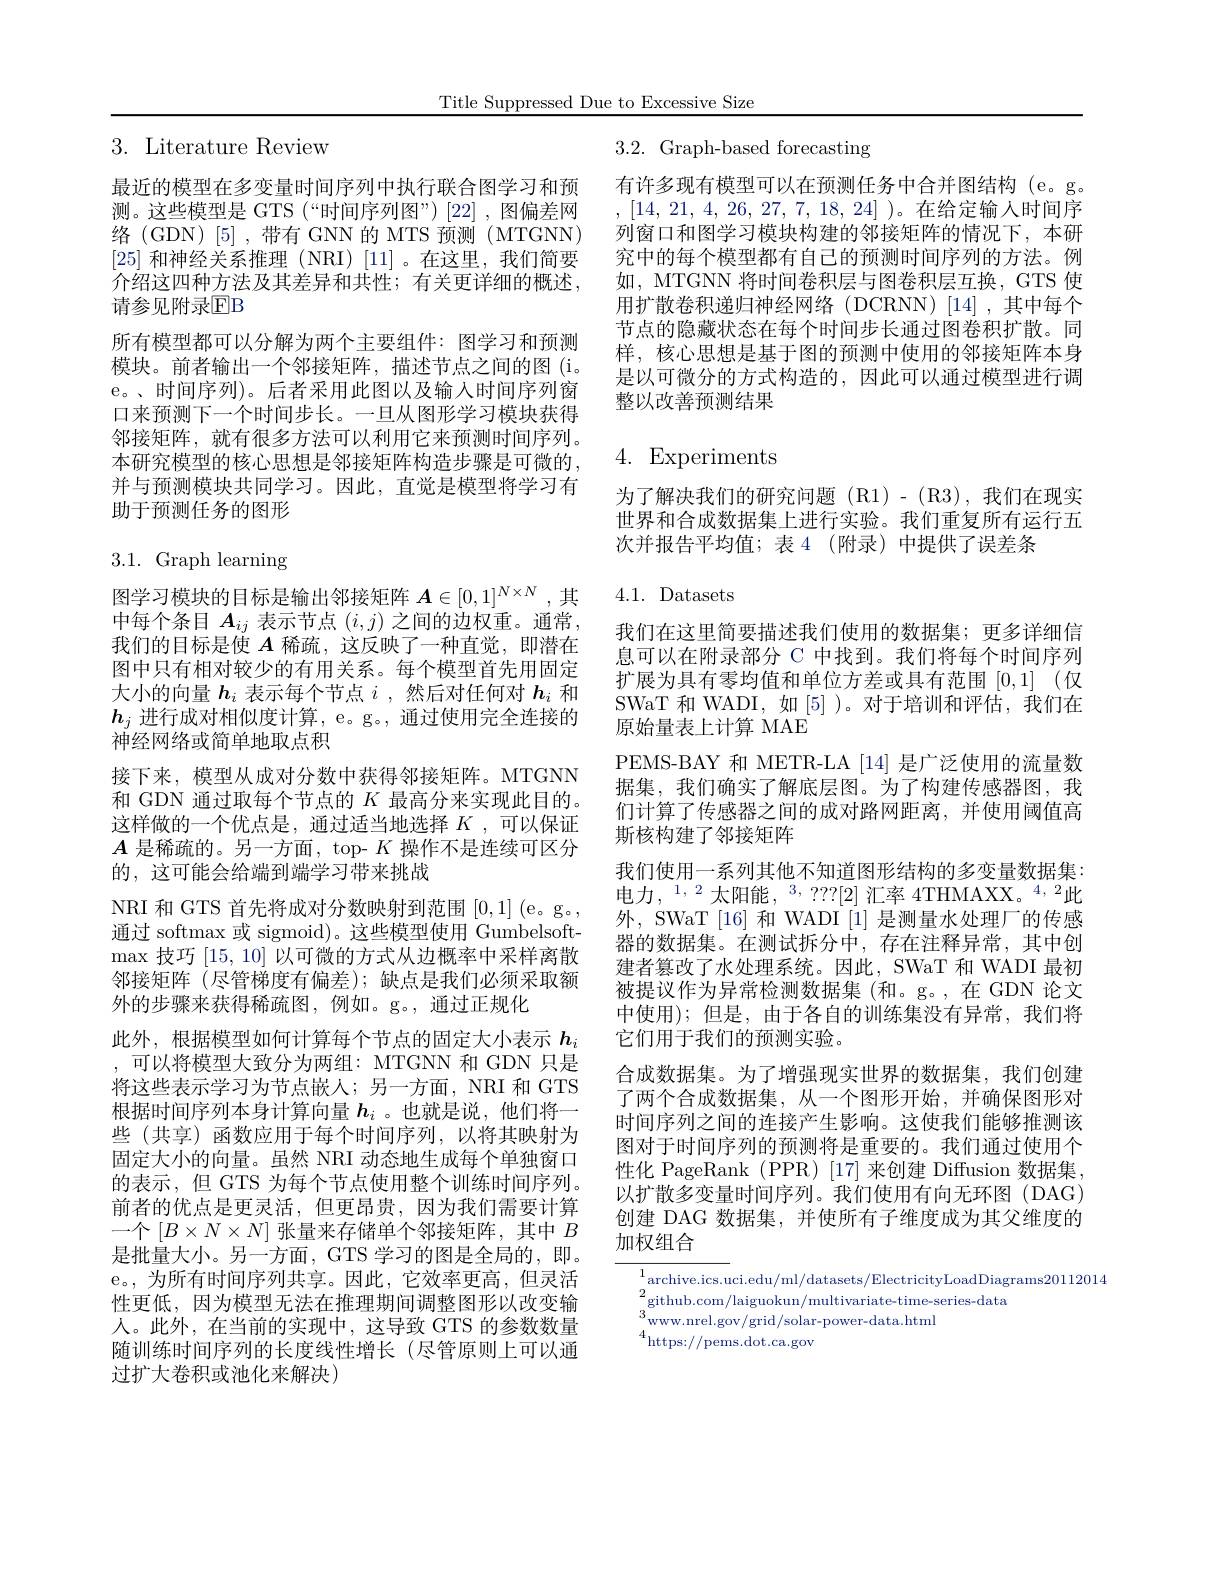
Title Suppressed Due to Excessive Size

# 3. Literature Review

最近的模型在多变量时间序列中执行联合图学习和预测。这些模型是 GTS (“时间序列图”)[22],图偏差网络(GDN)[5],带有GNN 的 MTS 预测(MTGNN) [25]和神经关系推理(NRI)[11]。在这里，我们简要介绍这四种方法及其差异和共性；有关更详细的概述， 请参见附录$\mathbb{E}$B
所有模型都可以分解为两个主要组件：图学习和预测模块。前者输出一个邻接矩阵，描述节点之间的图(i。e。、时间序列)。后者采用此图以及输入时间序列窗口来预测下一个时间步长。一旦从图形学习模块获得邻接矩阵，就有很多方法可以利用它来预测时间序列。本研究模型的核心思想是邻接矩阵构造步骤是可微的， 并与预测模块共同学习。因此，直觉是模型将学习有助于预测任务的图形

3.1. Graph learning

图学习模块的目标是输出邻接矩阵$A\in[0,1]^{N\times N}$ ,其中每个条目$A_ij$表示节点$(i,j)$之间的边权重。通常， 我们的目标是使$A$稀疏，这反映了一种直觉，即潜在图中只有相对较少的有用关系。每个模型首先用固定大小的向量$h_i$表示每个节点$i$ ,然后对任何对$h_i$和$h_j$进行成对相似度计算，e。g。, 通过使用完全连接的神经网络或简单地取点积
接下来，模型从成对分数中获得邻接矩阵。MTGNN 和 GDN 通过取每个节点的$K$最高分来实现此目的。这样做的一个优点是，通过适当地选择 $K$ , 可以保证$A$是稀疏的。另一方面，top- $K$操作不是连续可区分的，这可能会给端到端学习带来挑战
NRI 和 GTS 首先将成对分数映射到范围[0,1] (e。g。, 通过 softmax 或 sigmoid)。这些模型使用 Gumbelsoft- $\max$技巧[15,10]以可微的方式从边概率中采样离散邻接矩阵 (尽管梯度有偏差);缺点是我们必须采取额外的步骤来获得稀疏图，例如。g。,通过正规化
此外，根据模型如何计算每个节点的固定大小表示$h_i$ ,可以将模型大致分为两组：MTGNN 和 GDN 只是将这些表示学习为节点嵌人；另一方面，NRI 和 GTS 根据时间序列本身计算向量$h_i$ 。也就是说，他们将一些 (共享) 函数应用于每个时间序列，以将其映射为固定大小的向量。虽然 NRI 动态地生成每个单独窗口的表示，但 GTS 为每个节点使用整个训练时间序列。前者的优点是更灵活，但更昂贵，因为我们需要计算一个$[B\times N\times N]$张量来存储单个邻接矩阵，其中$B$ 是批量大小。另一方面，GTS 学习的图是全局的，即。e。,为所有时间序列共享。因此，它效率更高，但灵活性更低，因为模型无法在推理期间调整图形以改变输人。此外，在当前的实现中，这导致 GTS 的参数数量随训练时间序列的长度线性增长(尽管原则上可以通过扩大卷积或池化来解决)

3.2. Graph-based forecasting

有许多现有模型可以在预测任务中合并图结构 (e。g。,[14,21,4,26,27,7,18,24])。在给定输入时间序列窗口和图学习模块构建的邻接矩阵的情况下，本研究中的每个模型都有自己的预测时间序列的方法。例如，MTGNN 将时间卷积层与图卷积层互换，GTS 使用扩散卷积递归神经网络(DCRNN)[14],其中每个节点的隐藏状态在每个时间步长通过图卷积扩散。同样，核心思想是基于图的预测中使用的邻接矩阵本身是以可微分的方式构造的，因此可以通过模型进行调整以改善预测结果

# 4. Experiments

为了解决我们的研究问题(R1)-(R3),我们在现实世界和合成数据集上进行实验。我们重复所有运行五次并报告平均值；表 4 (附录) 中提供了误差条

$4.1.{\mathrm{Datasets}}$

我们在这里简要描述我们使用的数据集；更多详细信息可以在附录部分 C 中找到。我们将每个时间序列扩展为具有零均值和单位方差或具有范围 [0,1] (仅SWaT 和 WADI, 如[5] )。对于培训和评估，我们在原始量表上计算 MAE
PEMS-BAY 和 METR-LA [14] 是广泛使用的流量数据集，我们确实了解底层图。为了构建传感器图，我们计算了传感器之间的成对路网距离，并使用阈值高斯核构建了邻接矩阵
我们使用一系列其他不知道图形结构的多变量数据集： 电力，$^1,2$太阳能$,^3,???[2]$ 汇率 4THMAXX。$^4,2$此外，SWaT [16]和 WADI [1]是测量水处理厂的传感器的数据集。在测试拆分中，存在注释异常，其中创建者篡改了水处理系统。因此，SWaT 和 WADI 最初被提议作为异常检测数据集(和。g。,在 GDN 论文中使用);但是，由于各自的训练集没有异常，我们将它们用于我们的预测实验。
合成数据集。为了增强现实世界的数据集，我们创建了两个合成数据集，从一个图形开始，并确保图形对时间序列之间的连接产生影响。这使我们能够推测该图对于时间序列的预测将是重要的。我们通过使用个性化 PageRank (PPR) [17] 来创建 Diffusion 数据集， 以扩散多变量时间序列。我们使用有向无环图(DAG) 创建 DAG 数据集，并使所有子维度成为其父维度的加权组合

$2_{3}$github.com/laiguokun/multivariate-time-series-data
$\begin{aligned}3_{4}^{8}\mathrm{www.nrel.gov/grid/solar-power-data.html}\\4^{8}\mathrm{www.nrel.gov/grid/solar-power-data.html}\end{aligned}$
$^{4}$https://pems.dot.ca.gov